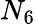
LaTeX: N_{6}